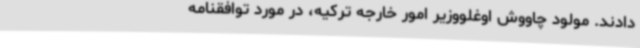
دادند. مولود چاووش اوغلووزیر امور خارجه ترکیه، در مورد توافقنامه